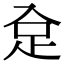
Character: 𧾺